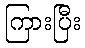
ကြားပြီး